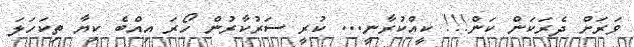
ވަރަށް ދެރަކަން ކަން!!! ކީއްކުރާނީ... ކުރީ ސަރުކާރުން ހޯރަ އިއްބެ ކިޔާ ތިކަހަލަ